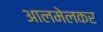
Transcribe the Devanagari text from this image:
आलमेलकर